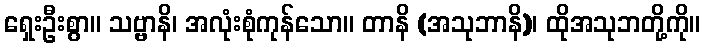
ရှေးဦးစွာ။ သဗ္ဗာနိ၊ အလုံးစုံကုန်သော။ တာနိ (အသုဘာနိ)၊ ထိုအသုဘတို့ကို။